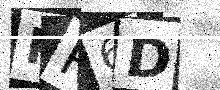
Text: PP6D